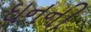
ઘનની